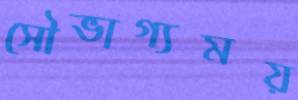
সৌভাগ্যময়